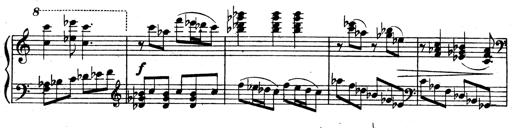
Title: 3 Sonatinas for Piano
Composer: Vissarion Shebalin